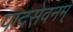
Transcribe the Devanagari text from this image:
पादसेवनम्